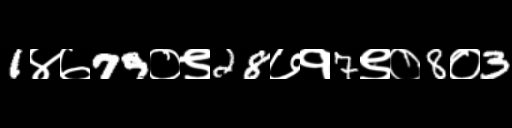
Text: 1४७79०९28७१7९०8०3